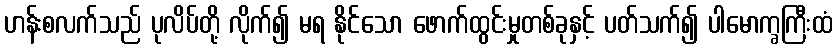
ဟန်းစလက်သည် ပုလိပ်တို့ လိုက်၍ မရ နိုင်သော ဖောက်ထွင်းမှုတစ်ခုနှင့် ပတ်သက်၍ ပါမောက္ခကြီးထံ